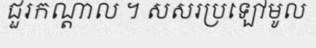
ជួរកណ្តាល ។ សសរប្រឡៅមូល